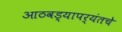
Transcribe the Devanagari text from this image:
आठवड्यापर्यंतचे